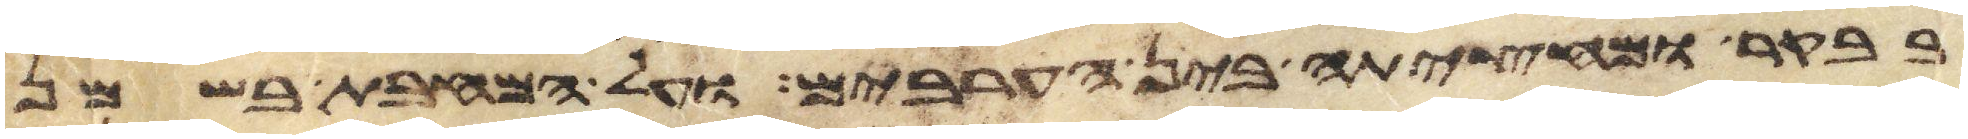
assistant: בבקר ומחציתה בין הערבים על המחבת בשמן